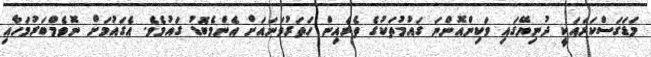
މަޑަގަސްކަރައަކީ ދުނިޔޭގައި ވަކިންއޮންނަ ގައުމުތަކުގެ ތެރެއިން ހަތަރުވަނައަށް އެންމެބޮޑު ގައުމެވެ. އެގައުމަށް ނޮވެމްބަރުމަހާއި